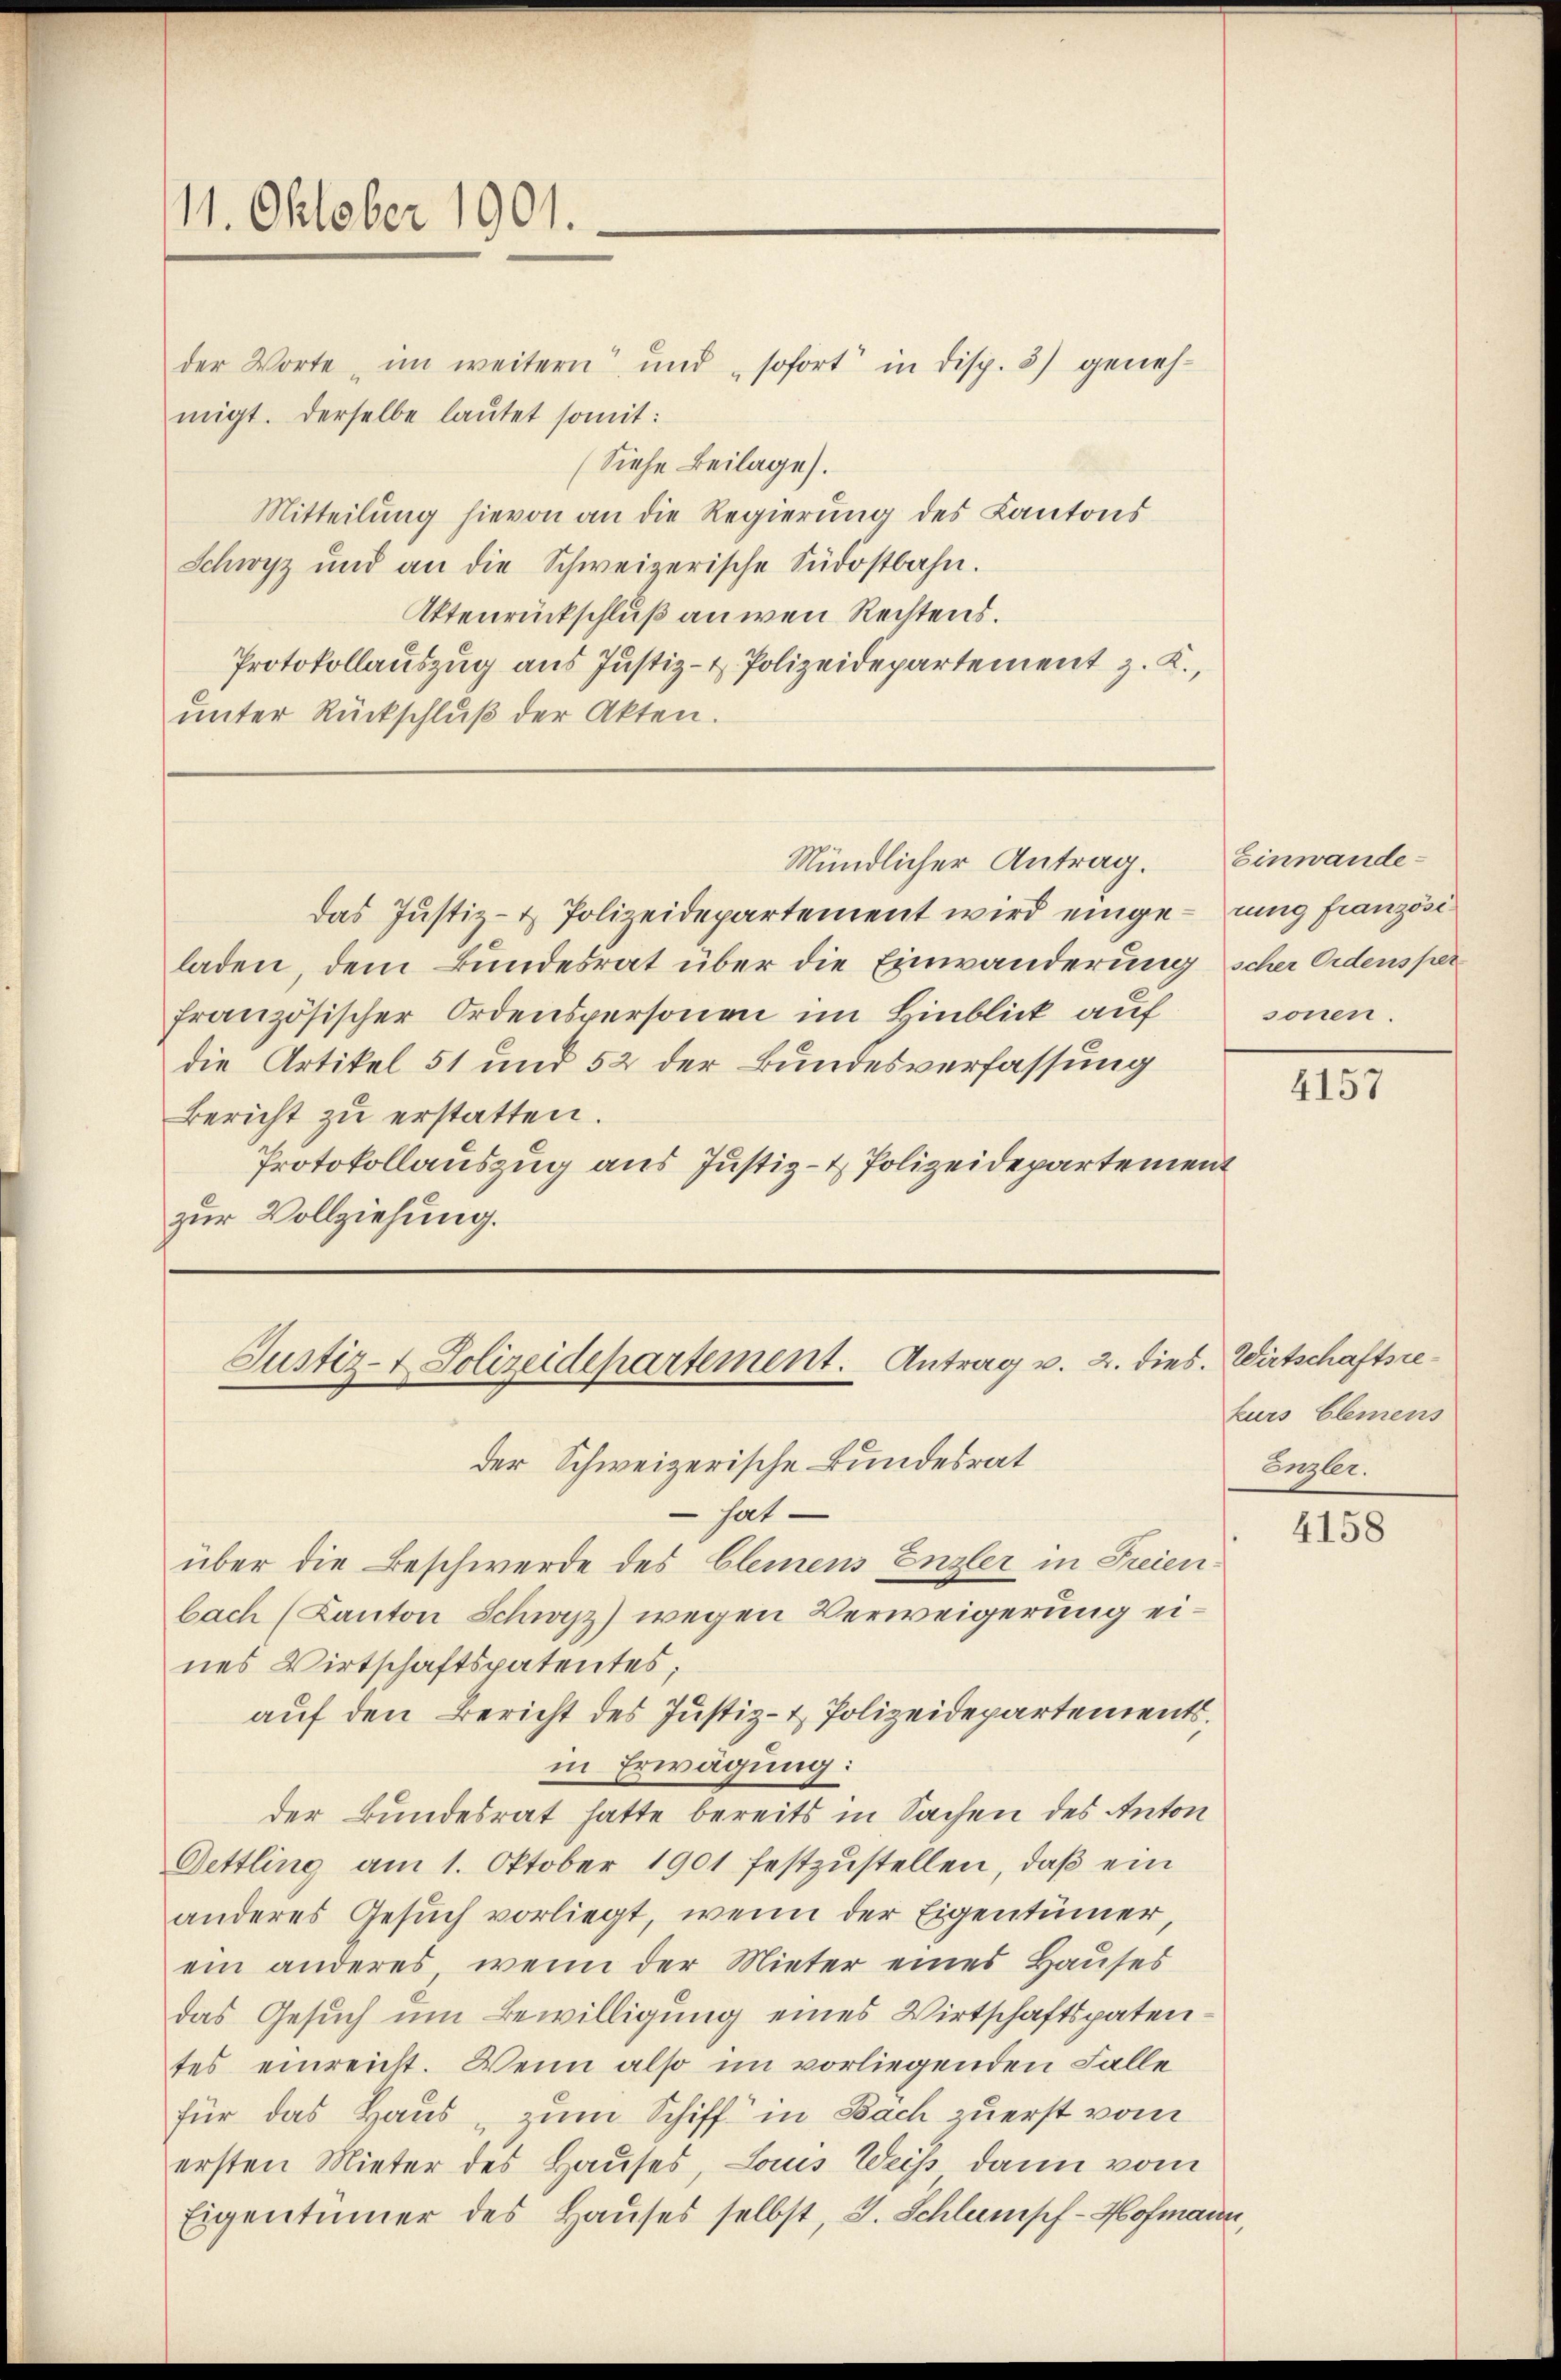
111. Oktober 1901.

der Worte im weitern und sofort in Disp. 3) genehmigt. Derselbe lautet somit:
(Siehe Beilage).
Mitteilung hievon an die Regierung des Kantons
Schwyz und an die Schweizerische Südostbahn.
Attenrückschluß an wenn Rechtens.
Protokollauszug aus Justiz- & Polizeidepartement z. K.,
ŭnter Rückschlŭβ der Akten.

das Justiz- & Polizeidepartement wird eingerung französiladen, dem Bundesrat über die Einwänderung scher Ordensper
französischer Ordenspersonen im Hinblick auf
die Artikel 51 und 52 der Bundesverfassung
Bericht zu erstatten.
Protokollauszug aus Justiz- & Polizeidepartement
zur Vollziehung.

Mündlicher Antrag. Einwande¬

Justiz- & Polizeidepartement. Antrag v. 2. dies

der Schweizerische Bundesrat
 hat
über die Beschwerde des Clemens Enzler in Freienbach (Kanton Schwyz) wegen Verweigerung eines Wirtschaftspatentes;
auf den Bericht des Justiz- & Polizeidepartementsin Erwägung:
der Bundesrat hatte bereits in Sachen des Anton
Oettling am 1. Oktober 1901 festzŭstellen, daβ ein
anderes Gesŭch vorliegt, wenn der Eigentümer,
ein anderes, wenn der Mieter eines Hauses
das Gesuch um Bewilligung eines Wirtschaftspatentes einreicht. Wenn also im vorliegenden Falle
für das Haus, zum Schiff in Bach zuerst vom
ersten Mieter des Hauses, Louis Weiss dann vom
Eigentümer des Hauses selbst, J. Schlumpf - Hofmann,

sonen.

4157

Wirtschaftsrekurs Elemens
Enzler.

4158